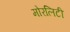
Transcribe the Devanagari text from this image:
मोरलिटी